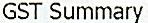
GST SUMMARY